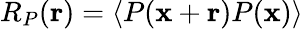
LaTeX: R_{P}(\mathbf{r})=\langle P(\mathbf{x}+\mathbf{r})P(\mathbf{x})\rangle